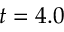
t = 4 . 0